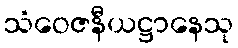
သံဝေဇနီယဋ္ဌာနေသု